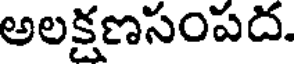
అలక్షణసంపద.